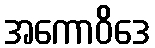
အကောဝိဒေ